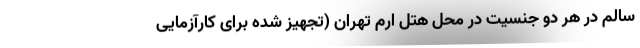
سالم در هر دو جنسیت در محل هتل ارم تهران (تجهیز شده برای کارآزمایی